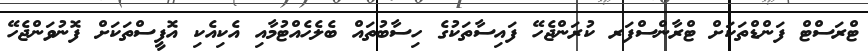
ޓްރަސްޓް ފަންޑްތަކަށް ޓްރާންސްފަރ ކުރަންޖެހޭ ފައިސާތަކުގެ ހިސާބުތައް ބެލެހެއްޓުމާއި އެކިއެކި އޮފީސްތަކަށް ފޮނުވަންޖެހޭ